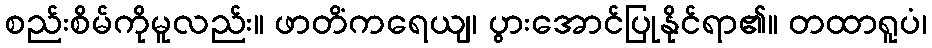
စည်းစိမ်ကိုမူလည်း။ ဖာတိံကရေယျ၊ ပွားအောင်ပြုနိုင်ရာ၏။ တထာရူပံ၊